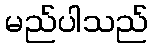
မည်ပါသည်